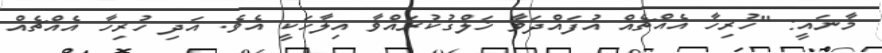
މާނައީ: "ހުރިހާ އެއްޗެއް އުފައްދަވާ ޚަލްޤުކުރައްވާ އިލާހަކީ އެވެ. އަދި ހުރިހާ އެއްޗެއް